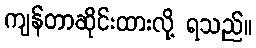
ကျန်တာဆိုင်းထားလို့ ရသည်။